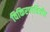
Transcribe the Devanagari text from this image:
विकिरणचित्रीय